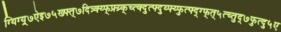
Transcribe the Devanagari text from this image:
ग्यिग्य्र्७ऐइ७५ख्फ्त्७दित्र्क्य्फ्फ्र्य्र्क्च्त्क्दुत्फ्दुय्फ्य्फुत्फ्द्ग्फ्त्५त्च्तुद्७फुत्दु५ए